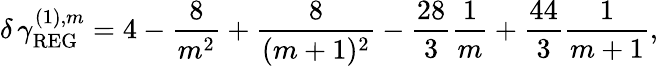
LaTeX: \delta\, \gamma_{\mathrm{REG}}^{(1),m}=4-\frac{8}{m^{2}}+\frac{8}{(m+1)^{2}}-\frac{28}{3}\frac{1}{m}+\frac{44}{3}\frac{1}{m+1},